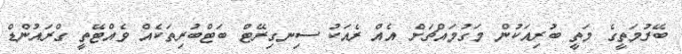
ބޭރުމަތީގެ މަތީ ބުރިއަކުން މަގުމައްޗަށް އެއް ރެއަކު ސިނގިރޭޓް ބަޓްބުރިތަކެއް ވެއްޓޭތީ ގްރައުންޑް